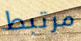
مرتبط